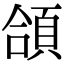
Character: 頜